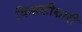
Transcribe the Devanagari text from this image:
विनाशीकारी